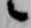
候